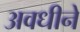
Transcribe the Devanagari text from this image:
अवधीने